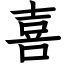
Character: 喜